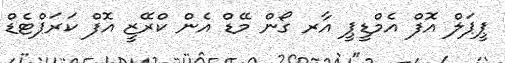
ޕީޕަލް އޮފް އެމްޑީޕީ އާރ ގޯން މޭޑް އެން ކްރޭޒީ އޮފް ކަރަޕްޓެޑް